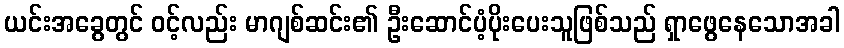
ယင်းအခွေတွင် ၀င့်လည်း မာဂျစ်ဆင်း၏ ဦးဆောင်ပံ့ပိုးပေးသူဖြစ်သည် ရှာဖွေနေသောအခါ